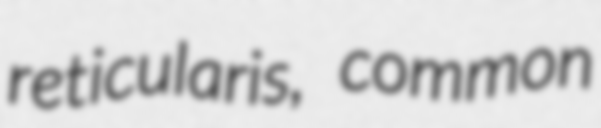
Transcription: reticularis, common